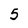
Character: 5